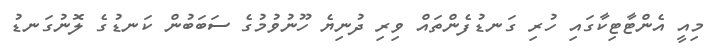
މިއީ އެންޓާޓިކާގައި ހުރި ގަނޑުފެންތައް ވިރި ދުނިޔެ ހޫނުވުމުގެ ސަބަބުން ކަނޑުގެ ލޮނުގަނޑު